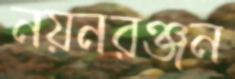
নয়নরঞ্জন